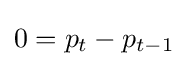
\textstyle 0=p_{t}-p_{t-1}